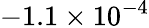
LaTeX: -1.1\times 10^{-4}